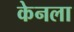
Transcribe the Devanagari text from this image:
केनला